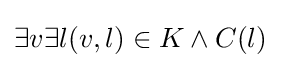
\exists v\exists l(v,l)\in K\land C(l)